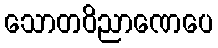
သောတဝိညာဏေပေ